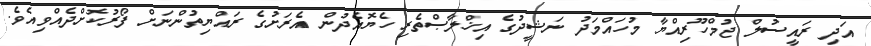
އަދި ރައީސުލް ޖުމްހޫރިއްޔާ މުހައްމަދު ނަޝީދުގެ އިޚްލާޞްތެރި ހެޔޮއެދުން އެރަށުގެ ރައްޔިތުންނަށް ފޯރުކޮށްދެއްވިއެވެ.